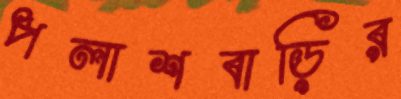
পলাশবাড়ির